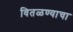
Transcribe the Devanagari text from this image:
वितळण्याचा